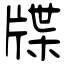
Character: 牒